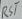
Text: RST